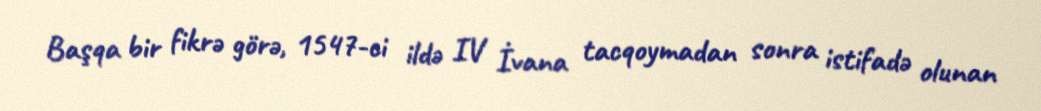
Başqa bir fikrə görə, 1547-ci ildə IV İvana tacqoymadan sonra istifadə olunan